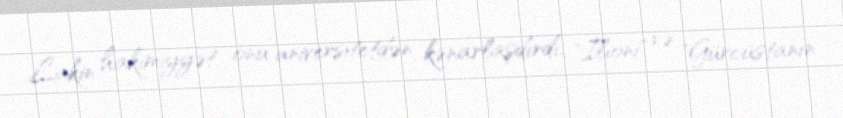
Lakin hakimiyyət onu universitetdən kənarlaşdırdı, "Ilioni" və "Gürcüstanın